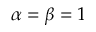
\alpha = \beta = 1